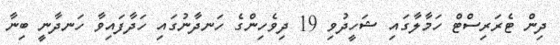
ދިން ޓެރަރިސްޓް ހަމާލާގައި ޝަހީދުވި 19 ދިވެހިންގެ ހަނދާނުގައި ހަދާފައިވާ ހަނދާނީ ބިނާ